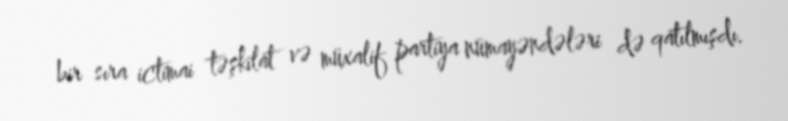
bir sıra ictimai təşkilat və müxalif partiya nümayəndələri də qatılmışdı.